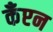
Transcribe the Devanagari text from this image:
कँप्टन